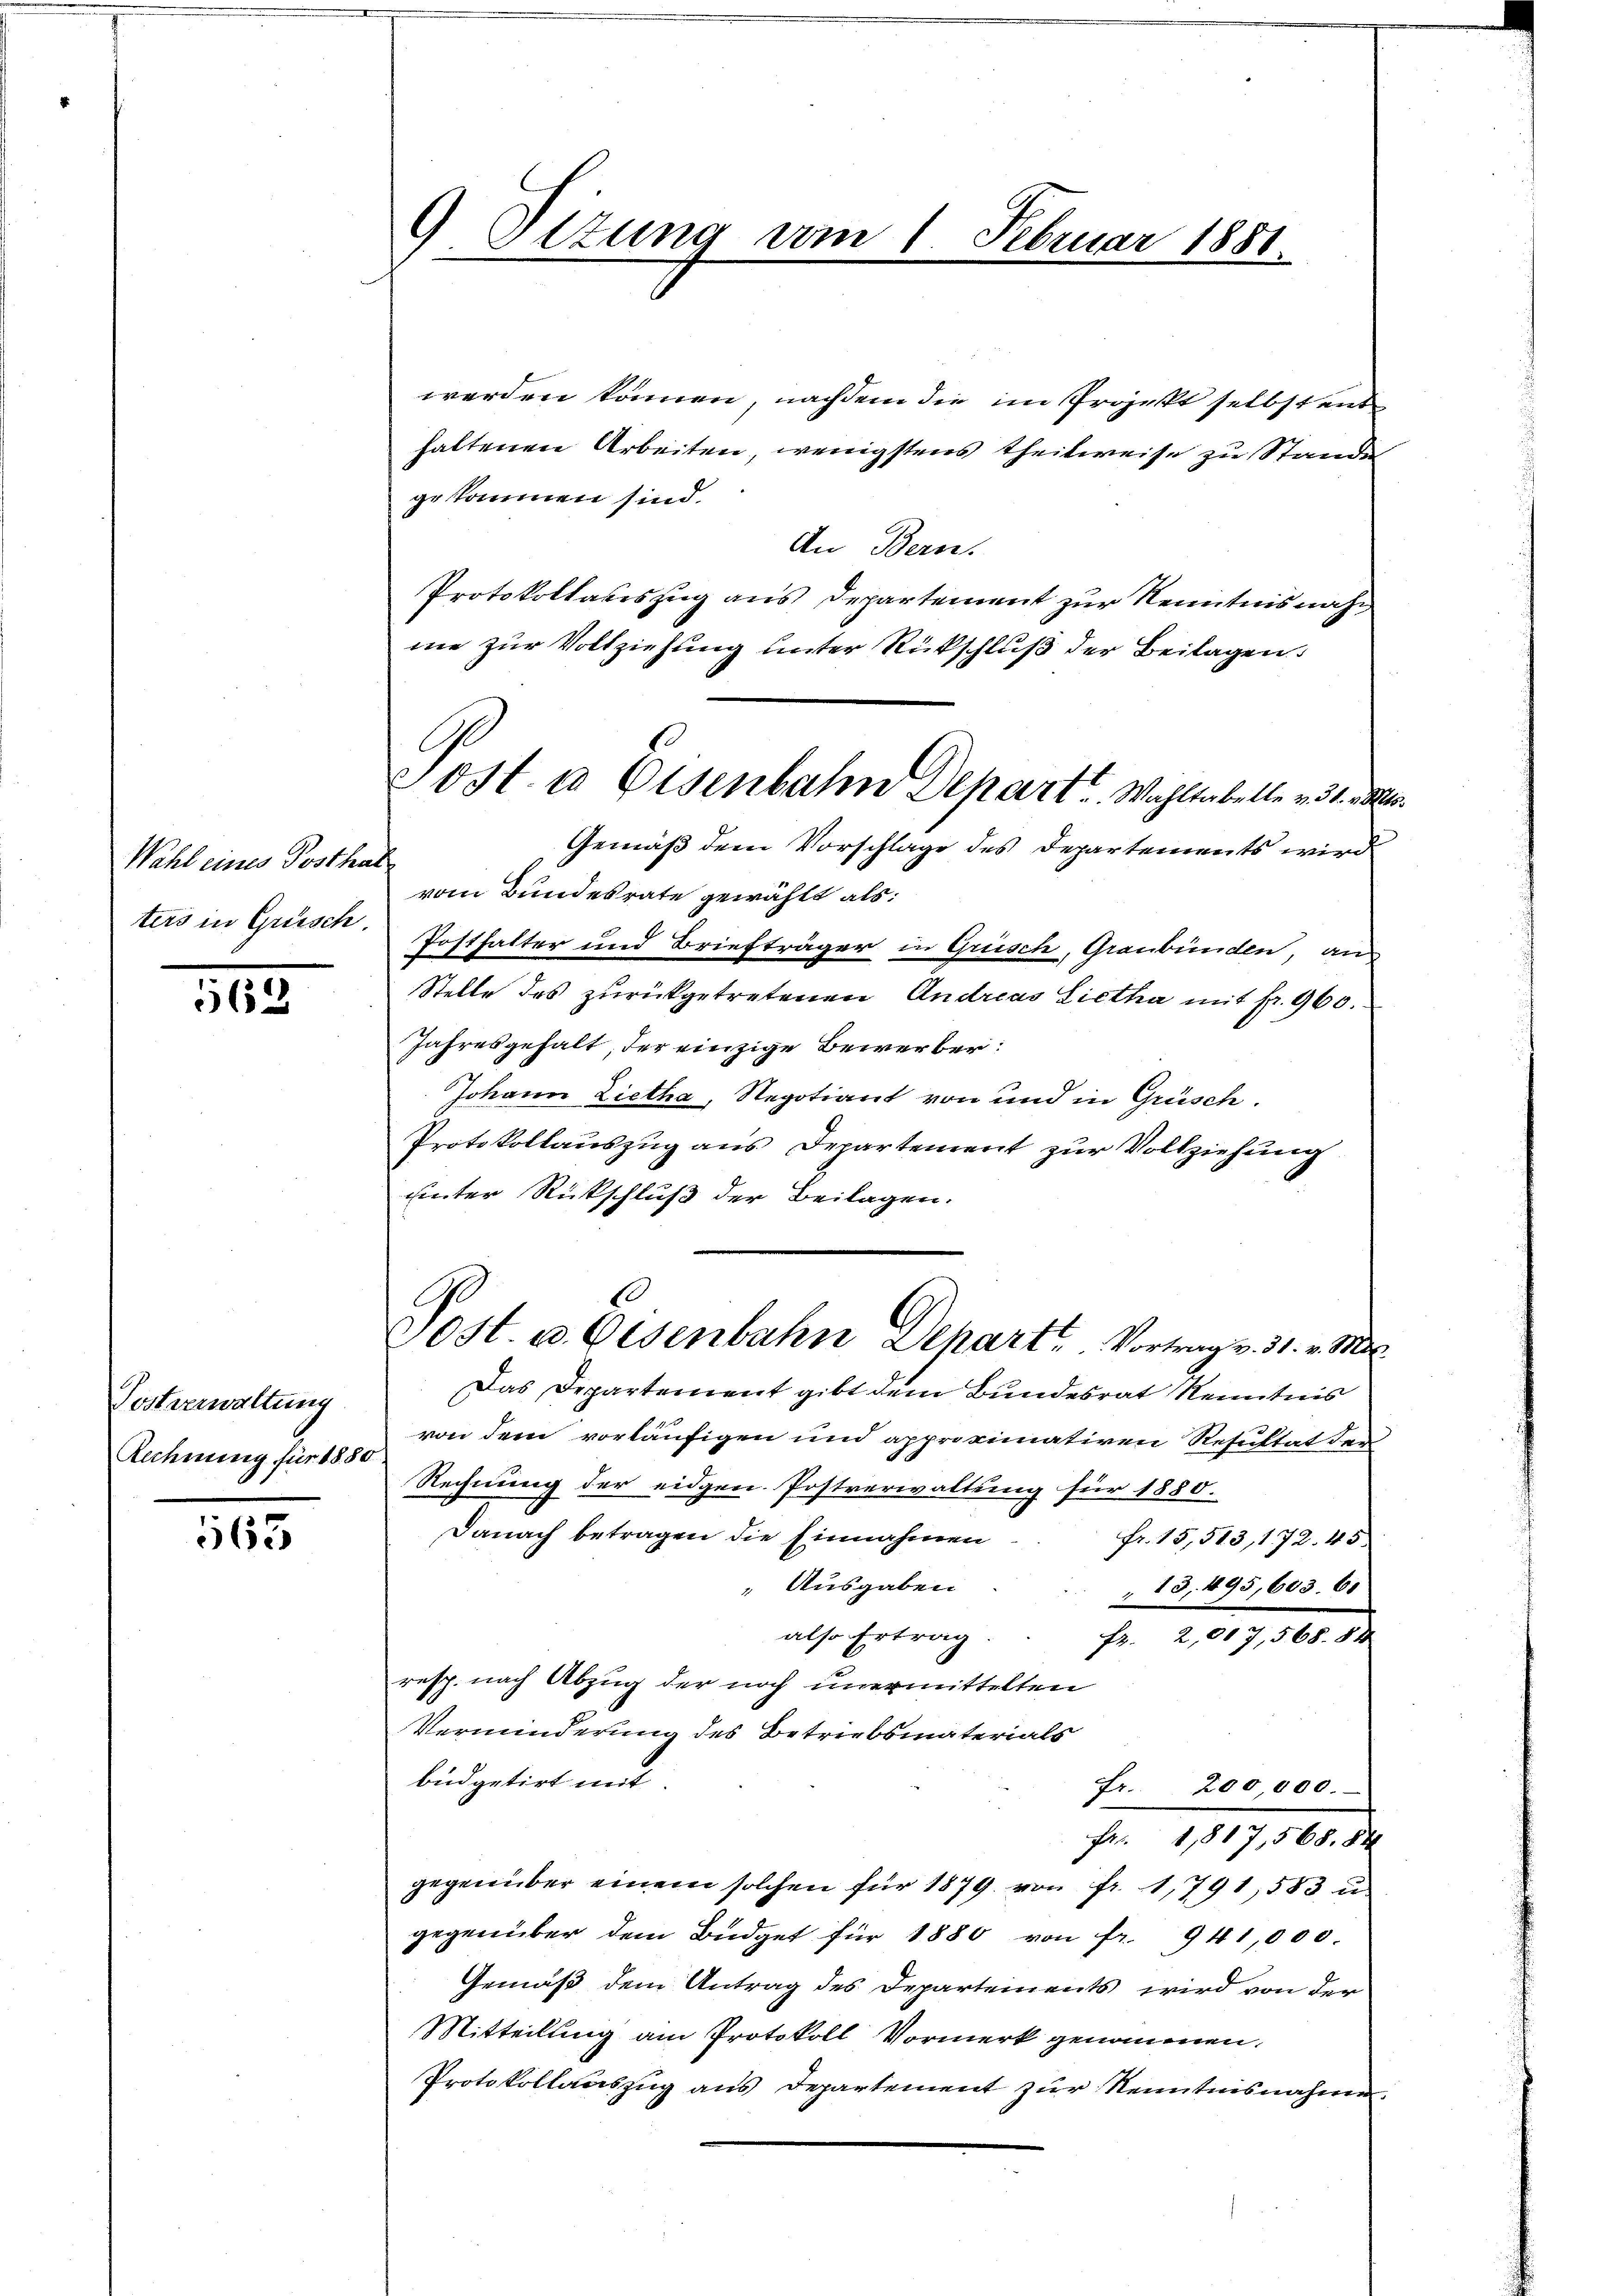
Wahl eines Posthal
ters in Grüsch.

562

Postverwaltung
Rechnung für 1880

65

9 Sitzung vom 1 Februar 1881

Post u. Eisenbahn Depart. Wohltabelle v. 31.

werden können, nachdem die im Projekt selbst ent
haltenen Arbeiten, wenigstens theilweise zu Stande
gekommen sind.
An Bern
Protokollatiszug aus Departement zur Kenntnis nach
me zur Vollziehung unter Rückschluß der Beilagen:
Gemäß dem Vorschlage des Departements wird
vom Bundesrate gewählt als:
Posthalter und Briefträger in Grüsch, Graubünden, an
Stelle des zurückgetretenen Andreas Lietha mit Fr. 960.
Jahresgehalt, der einzige Bewerber:
Johann Zietha, Regotiant von und in Grüsch.
Protokollauszug aus Departement zur Vollziehung
uinter Rückschluß der Beilagen.
Post. v. Eisenbahn Dehart. Vortrag v. 31. v. M.
Das Departement gibt dem Bundesrat Kenntnis
von dem vorläufigen und approximativen Resultat der
Rechnung der eidgen. Postverwaltung für 1880.
Danach betragen die Einnahmen
Fr. 15,513, 172. 45
Ausgaben
" 13, 495, 603. 61
also Ertrag
fr. 2,007,568. 84
resp. nach Abzug der noch unermittelten
Verminderung des Betriebsmaterials
büdgetirt mit
Fr. 200,000.
Fr. 1817,568. 84
gegenüber einem solchen für 1879 von Fr. 1791, 583 u.
gegenüber dem Büdget für 1880 von fr. 941,000
Gemäß dem Antrag des Departements, wird von der
Mitteilung am Protokoll Vormerk genommen.
Protokollauszug aus Departement zur Kenntnisnahme